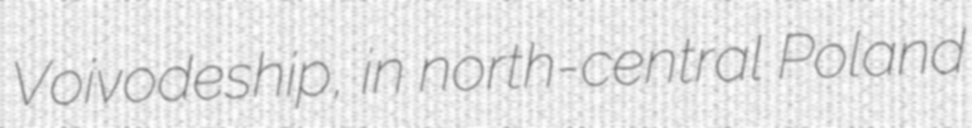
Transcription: Voivodeship, in north-central Poland